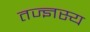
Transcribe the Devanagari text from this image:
तज्ज्ञस्य